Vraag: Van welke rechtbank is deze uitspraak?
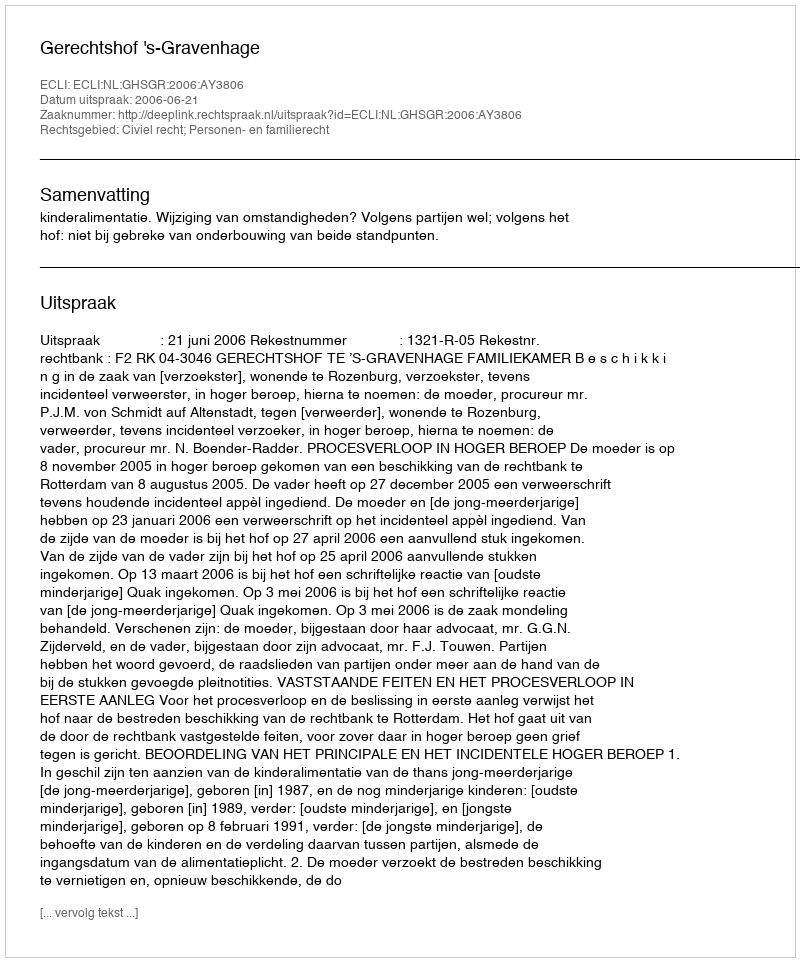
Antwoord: Gerechtshof 's-Gravenhage